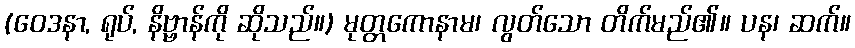
(ဝေဒနာ, ရုပ်, နိဗ္ဗာန်ကို ဆိုသည်။) မုတ္တကောနာမ၊ လွတ်သော တိက်မည်၏။ ပန၊ ဆက်။